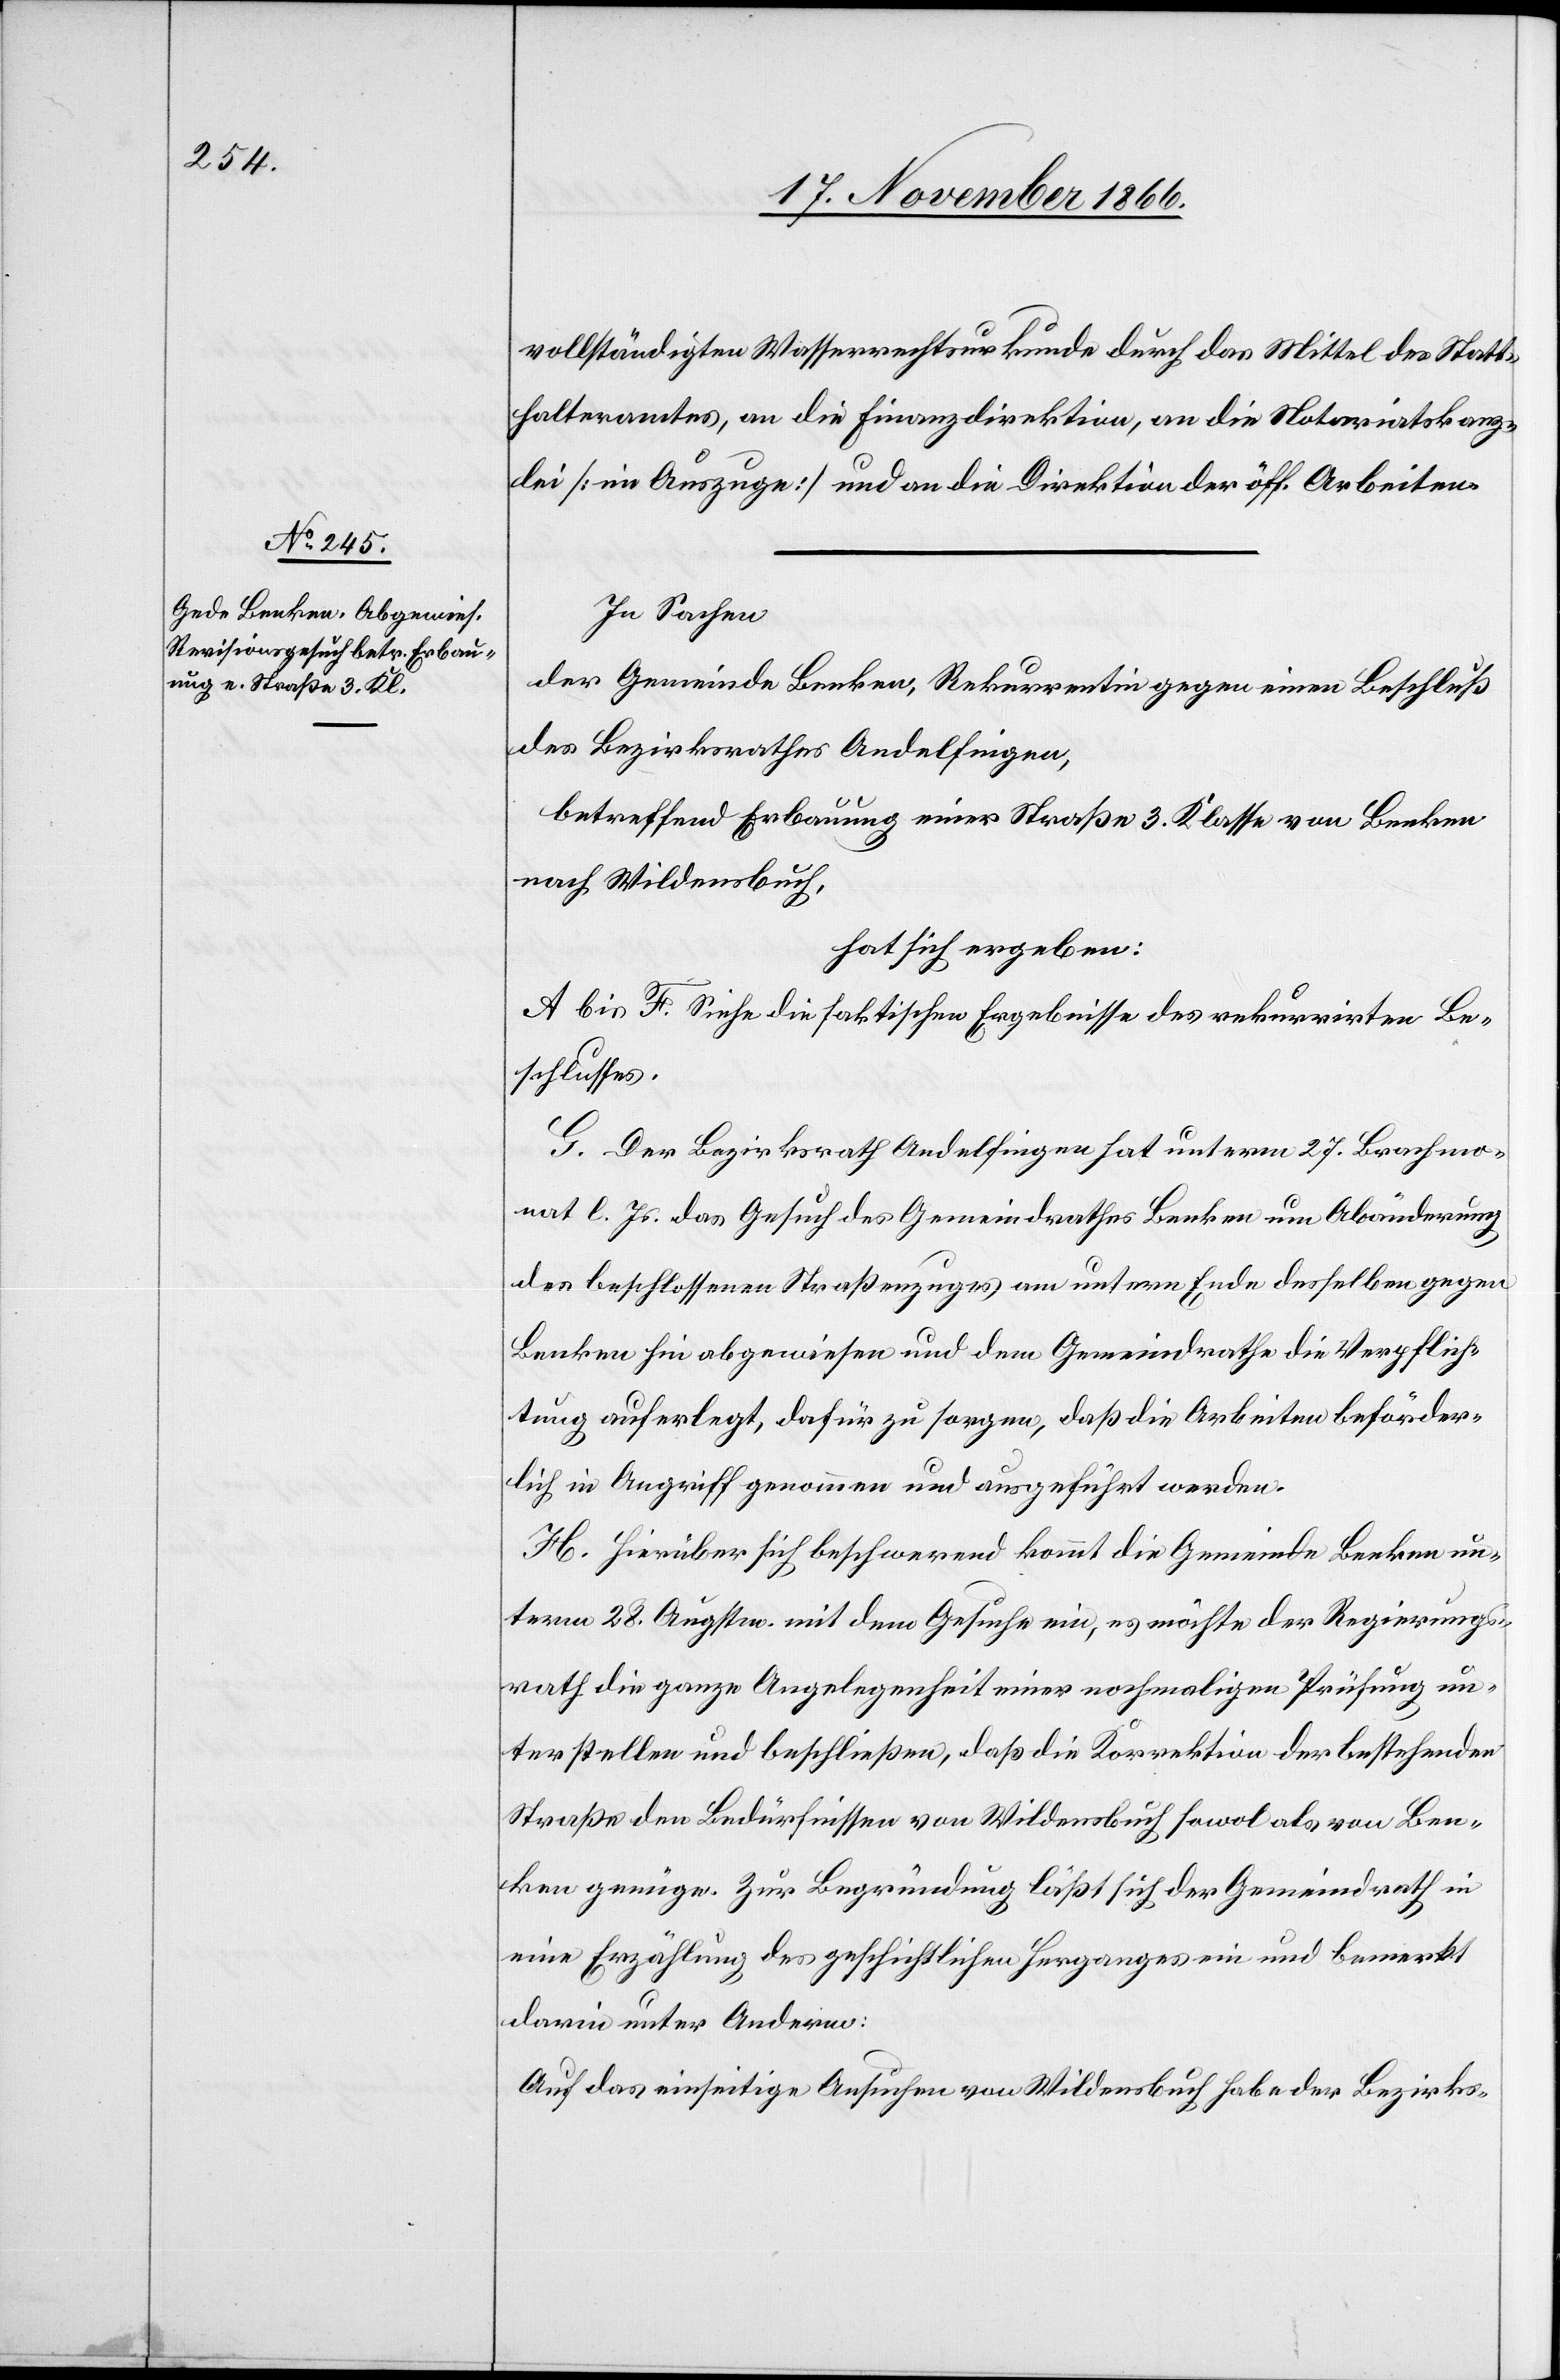
vollständigten Wasserrechtsurkunde durch das Mittel des Statt¬
halteramtes, an die Finanzdirektion, an die Notariatskanz¬
lei [im Auszuge] und an die Direktion der öff. Arbeiten.
In Sachen
der Gemeinde Benken, Rekurrentin gegen einen Beschluß
des Bezirksrathes Andelfingen,
betreffend Erbauung einer Straße 3. Klasse von Benken
nach Wildensbuch,
hat sich ergeben:
A bis F. Siehe die faktischen Ergebnisse des rekurrirten Be¬
schlusses.
G. Der Bezirksrath Andelfingen hat unterm 27. Brachmo¬
nat l. Js. das Gesuch des Gemeindrathes Benken um Abänderung
des beschlossenen Straßenzuges am untern Ende desselben gegen
Benken hin abgewiesen und dem Gemeindrathe die Verpflich¬
tung auferlegt, dafür zu sorgen, daß die Arbeiten beförder¬
lich in Angriff genommen und ausgeführt werden.
H. Hierüber sich beschwerend kommt die Gemeinde Benken un¬
term 28. Augstm. mit dem Gesuche ein, es möchte der Regierungs¬
rath die ganze Angelegenheit einer nochmaligen Prüfung un¬
terstellen und beschließen, daß die Korrektion der bestehenden
Straße den Bedürfnissen von Wildensbuch sowol als von Ben¬
ken genüge. Zur Begründung läßt sich der Gemeindrath in
eine Erzählung des geschichtlichen Herganges ein und bemerkt
darin unter Anderm:
Auf das einseitige Ansuchen von Wildensbuch habe der Bezirks-